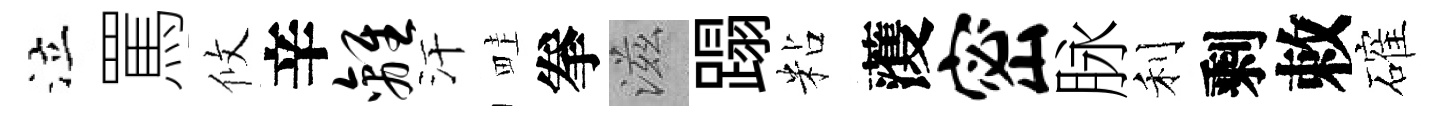
泣罵攸辛离汗畦拳滋蹋粘𮑮密脉利剩敕確